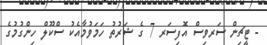
- ޓީޗިން ސަރވިސް އޮފިސަރ 7 ގެ ޝަރުތު ހަމަވުމާއެކު ސްކޫލް ހިންގުމުގެ